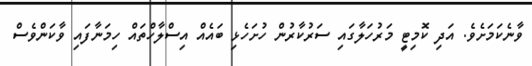
ވާނެކަމަށެވެ. އަދި ކޮމިޓީ މަރުހަލާގައި ސަރުކާރުން ހުށަހެޅި ބައެއް އިސްލާހްތައް ހިމަނާފައި ވާކަންވެސް